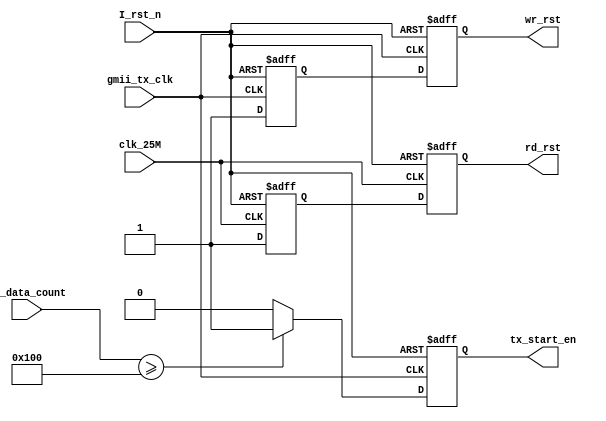
module fifo_ctrl(
    input   	clk_25M,
    input   	gmii_tx_clk,
    input   	I_rst_n,
	input [8:0] rd_data_count,
    
    output  	rd_rst,
    output  	wr_rst,
	output reg 	tx_start_en
    );
	
/*********************************************************

*********************************************************/
	
reg rd_rst_s1;
reg rd_rst_s2;
reg wr_rst_s1;
reg wr_rst_s2;

always@(posedge clk_25M or negedge I_rst_n) begin
	if (!I_rst_n)begin
		rd_rst_s1 <= 1'b0;
		rd_rst_s2 <= 1'b0;
	end
	else begin
		rd_rst_s1 <= 1'b1;
		rd_rst_s2 <= rd_rst_s1;
	end
end   

always@(posedge gmii_tx_clk or negedge I_rst_n) begin
	if (!I_rst_n)begin
		wr_rst_s1 <= 1'b0;
		wr_rst_s2 <= 1'b0;
	end
	else begin
		wr_rst_s1 <= 1'b1;
		wr_rst_s2 <= wr_rst_s1;
	end
end 

assign rd_rst = rd_rst_s2 ;
assign wr_rst = wr_rst_s2 ;

/*********************************************************

*********************************************************/
localparam N=256; //UPD1024,UPD32N=1024/(32/8)=256

always@(posedge gmii_tx_clk or negedge I_rst_n) begin
	if (!I_rst_n)
		tx_start_en <= 0;
	else begin	
		if (rd_data_count >= N) 
			tx_start_en <= 1'b1;
		else 
			tx_start_en <= 1'b0;
	end
end
 
endmodule